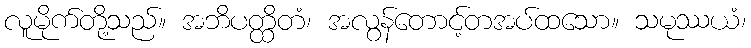
လူမိုက်တို့သည်။ အဘိပတ္ထိတံ၊ အလွန်တောင့်တအပ်ထသော။ သမုဿယံ၊